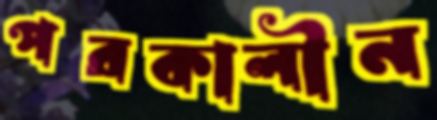
পরকালীন